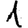
Digit: 1